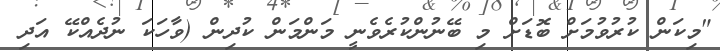
"މިކަން ކުރުވުމަށް ބޮޑަށް މި ބޭނުންކުރެވެނީ މަންމަން ކުދިން (ވާހަކަ ނުދެއްކޭ އަދި